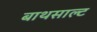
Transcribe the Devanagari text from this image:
बाथसाल्ट